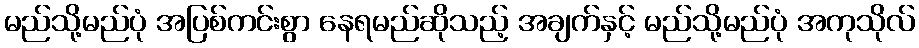
မည်သို့မည်ပုံ အပြစ်ကင်းစွာ နေရမည်ဆိုသည့် အချက်နှင့် မည်သို့မည်ပုံ အကုသိုလ်